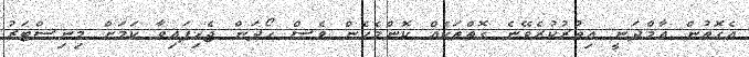
އެގޮތުން އާމްދަނީ އިތުރުކުރެވޭނެ ގޮތްތަކެއް ކޮންމެހެން ވެސް ހޯދަން ޖެހިފައިވާ ކަމަށް މިނިސްޓަރު